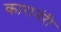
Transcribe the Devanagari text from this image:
कारानंरी